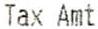
TAX AMT